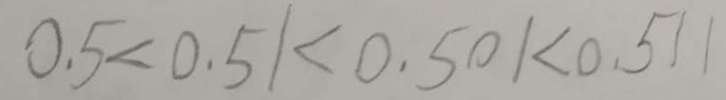
0 . 5 < 0 . 5 1 < 0 . 5 0 1 < 0 . 5 1 1